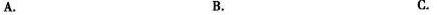
A. B. C.